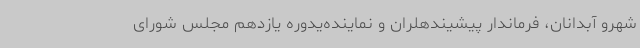
شهرو آبدانان، فرماندار پیشیندهلران و نماینده‌یدوره یازدهم مجلس شورای